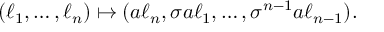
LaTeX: ( \ell _ { 1 } , \ldots , \ell _ { n } ) \mapsto ( a \ell _ { n } , \sigma a \ell _ { 1 } , \ldots , \sigma ^ { n - 1 } a \ell _ { n - 1 } ) .